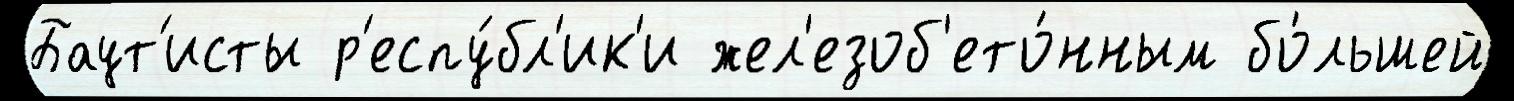
Баут'исты р'еспу́бл'ик'и жел'езоб'ето́нным бо́льшей